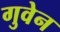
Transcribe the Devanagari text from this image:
गुवेन